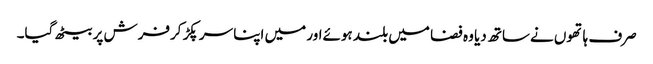
صرف ہاتھوں نےساتھ دیا وہ فضا میں بلند ہوئےاور میں اپنا سر پکڑ کرفرش پر بیٹھ گیا۔